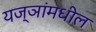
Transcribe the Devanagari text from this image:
यज्ञांमधील